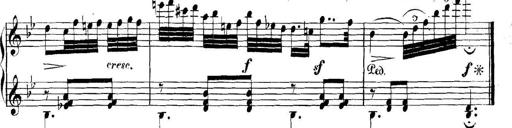
Title: Collected Piano Sonatas
Composer: Muzio Clementi